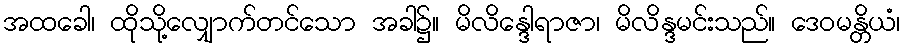
အထခေါ၊ ထိုသို့လျှောက်တင်သော အခါ၌။ မိလိန္ဒေါရာဇာ၊ မိလိန္ဒမင်းသည်။ ဒေဝမန္တိယံ၊